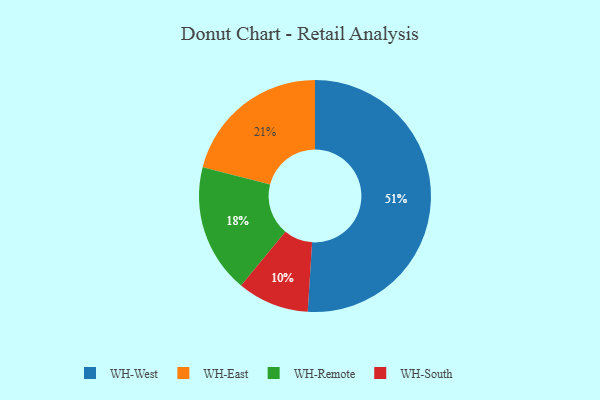
{"axis": {"x": "Category", "y": "Percentage"}, "legend": ["WH-East", "WH-Remote", "WH-South", "WH-West"], "data": [{"x": "WH-Remote", "y": 18, "type": "WH-Remote"}, {"x": "WH-East", "y": 21, "type": "WH-East"}, {"x": "WH-West", "y": 51, "type": "WH-West"}, {"x": "WH-South", "y": 10, "type": "WH-South"}]}